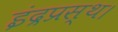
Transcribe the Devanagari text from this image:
इंद्रप्रस्थ।